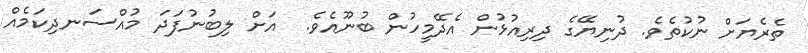
ތެރެޔަށް ނުކުތެވެ. ދުނިޔޭގެ ދިރިއުޅުން އެދޭމީހުން ބުނޫއެވެ.  އަށް ލިބުނުފަދަ މުއްސަނދިކަމެއް